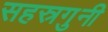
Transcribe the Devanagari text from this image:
सहस्रगुनी